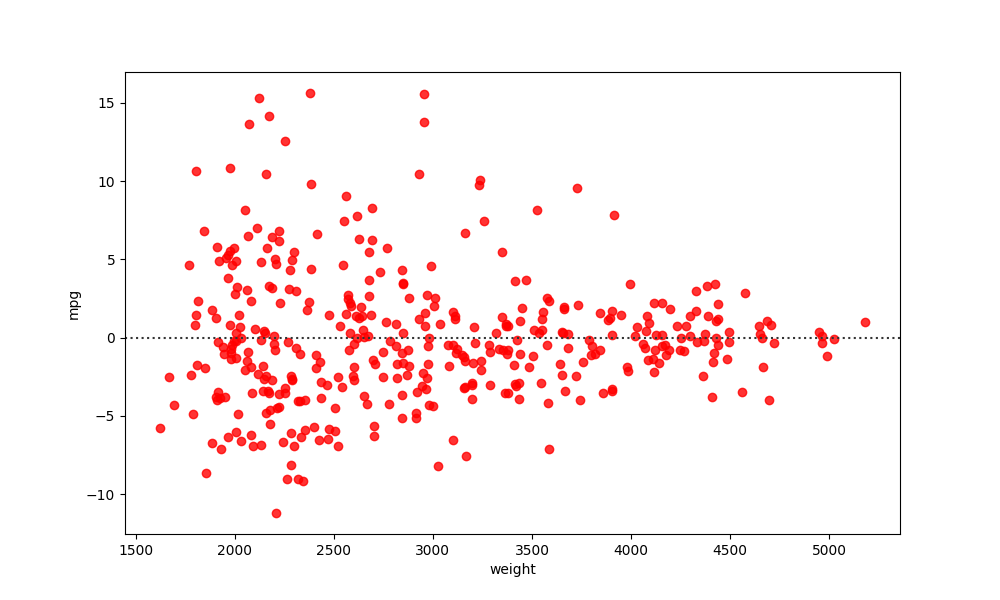
python, seaborn, residplot, lowess=False, scatter_color=red